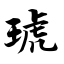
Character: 琥